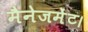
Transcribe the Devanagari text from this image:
मैनेजमेंट।